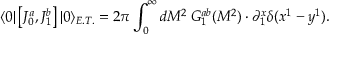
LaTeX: \langle 0 | \left[ J _ { 0 } ^ { a } , J _ { 1 } ^ { b } \right] | 0 \rangle _ { E . T . } = 2 \pi \int _ { 0 } ^ { \infty } { d M ^ { 2 } \: G _ { 1 } ^ { a b } ( M ^ { 2 } ) } \cdot \partial _ { 1 } ^ { x } \delta ( x ^ { 1 } - y ^ { 1 } ) .